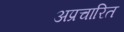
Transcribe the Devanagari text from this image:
अप्रचारित